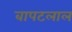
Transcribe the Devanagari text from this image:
बापटलाल